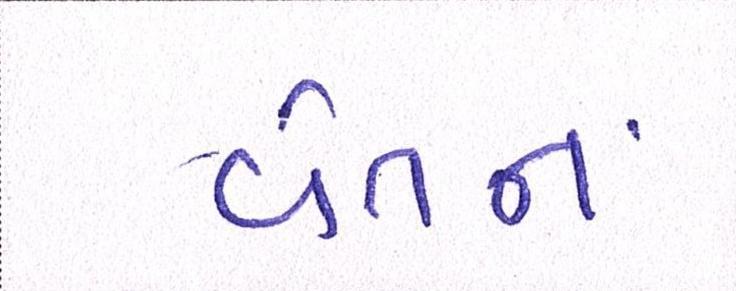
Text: વેતન